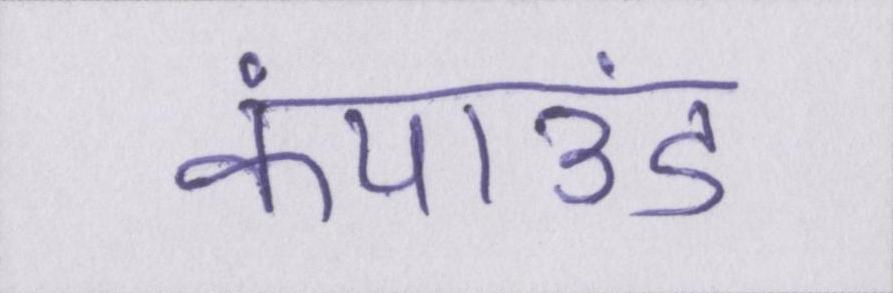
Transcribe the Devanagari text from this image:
कंपाउंड